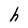
Character: h